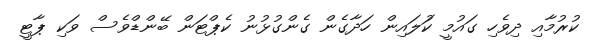
ކުރުމާއި ދިވެހި ގައުމީ ކުަލައިން ހަދާގެން ގެންގުޅުނު ކެޕްޓަން ބޭންޑްވެސް ވަކި ޕާޓީ